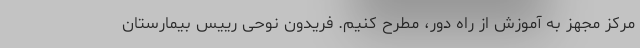
مرکز مجهز به آموزش از راه دور، مطرح کنیم. فریدون نوحی رییس بیمارستان